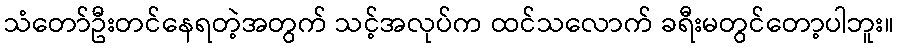
သံတော်ဦးတင်နေရတဲ့အတွက် သင့်အလုပ်က ထင်သလောက် ခရီးမတွင်တော့ပါဘူး။